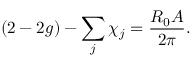
( 2 - 2 g ) - \sum _ { j } \chi _ { j } = \frac { R _ { 0 } A } { 2 \pi } .